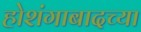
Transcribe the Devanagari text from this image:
होशंगाबादच्या